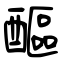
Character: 醧